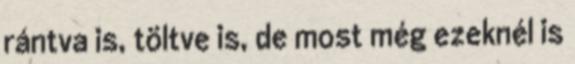
rántva is, töltve is, de most még ezeknél is